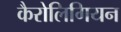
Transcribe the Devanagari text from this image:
कैरोलिगियन